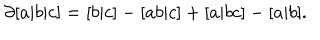
\partial [ a | b | c ] = [ b | c ] - [ a b | c ] + [ a | b c ] - [ a | b ] .